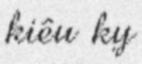
kiêu kỵ